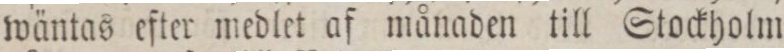
wäntas efter medlet af månaden till Stockholm